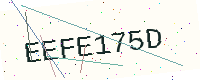
Text: EEFE175D